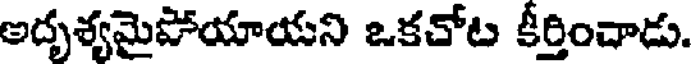
అదృశ్యమైపోయాయని ఒకచోట కీర్తించాడు.